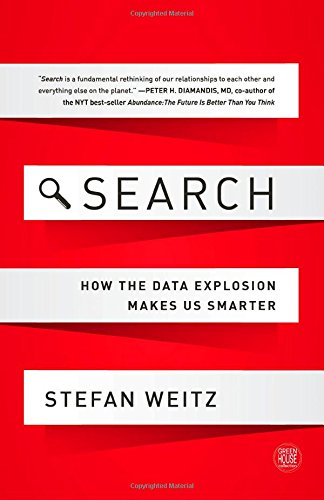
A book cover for Search: How the Data Explosion Makes Us Smarter (GreenHouse Collection); Stefan Weitz; Computers & Technology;